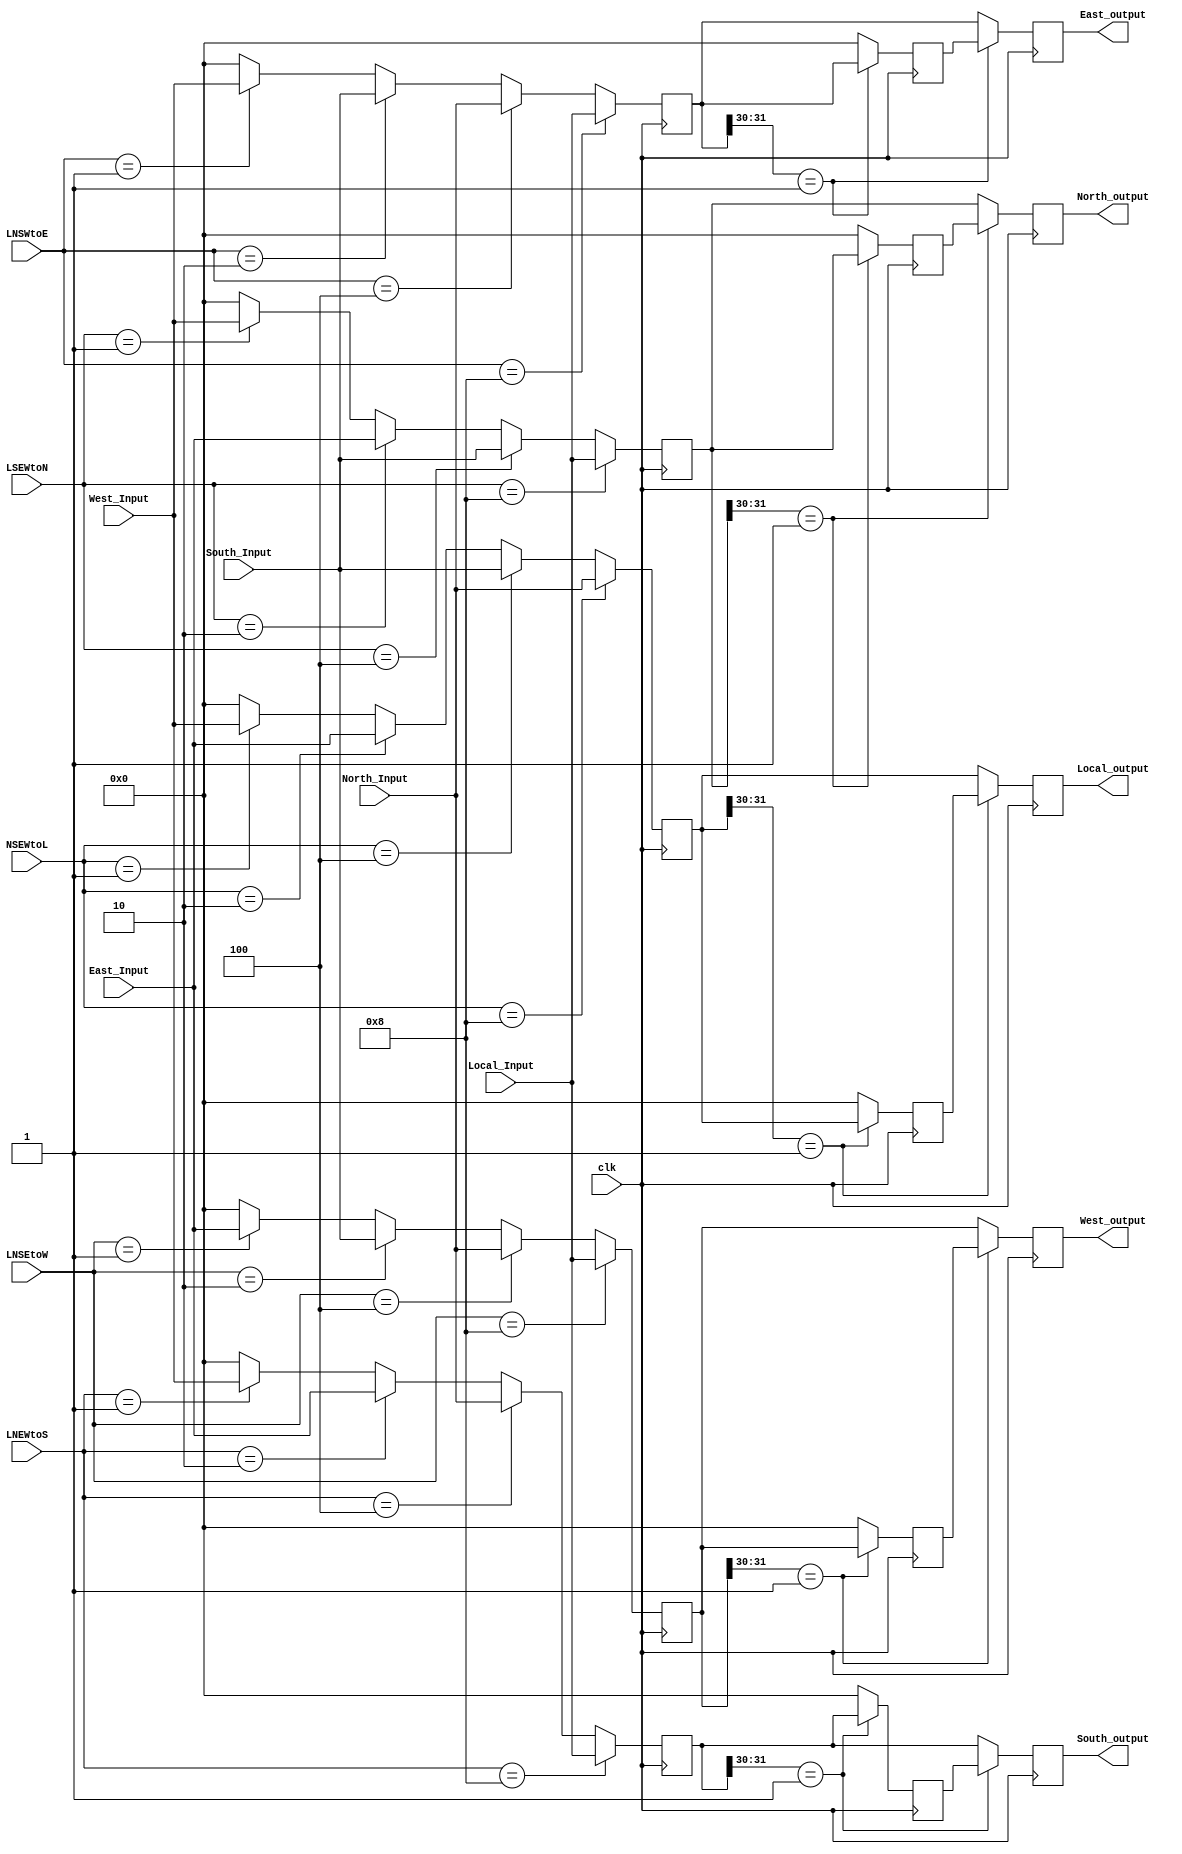
module crossbar_switch(clk,Local_Input,North_Input,South_Input,East_Input,West_Input,NSEWtoL,LSEWtoN,LNEWtoS,LNSWtoE,LNSEtoW,Local_output,North_output,South_output,East_output,West_output);
        input clk;
		input[31:0] Local_Input,North_Input,South_Input,East_Input,West_Input;
		input[3:0] NSEWtoL;
		input[3:0] LSEWtoN;
		input[3:0] LNEWtoS;
		input[3:0] LNSWtoE;
		input[3:0] LNSEtoW;
		output reg[31:0] Local_output,North_output,South_output,East_output,West_output;
		reg[31:0] Local_output_temp,North_output_temp,South_output_temp,East_output_temp,West_output_temp;
		reg[31:0] temp1=32'h00000000,temp2=32'h00000000,temp3=32'h00000000,temp4=32'h00000000,temp5=32'h00000000;
		
		always @(posedge clk)
		begin
		if (NSEWtoL==4'b1000) 
			Local_output_temp <= North_Input;
		else if (NSEWtoL==4'b0100) 
			Local_output_temp <= South_Input;
		else if (NSEWtoL==4'b0010) 
			Local_output_temp <= East_Input;
		else if (NSEWtoL==4'b0001) 
			Local_output_temp <= West_Input;
		else
			Local_output_temp <= 32'h00000000;
			
		if (LSEWtoN==4'b1000) 
			North_output_temp<=Local_Input;
		else if (LSEWtoN==4'b0100) 
			North_output_temp<=South_Input;
		else if (LSEWtoN==4'b0010) 
			North_output_temp<=East_Input;
		else if (LSEWtoN==4'b0001) 
			North_output_temp<=West_Input;
		else 
			North_output_temp<=32'h00000000;
			
		if (LNEWtoS==4'b1000) 
			South_output_temp<=Local_Input;
		else if (LNEWtoS==4'b0100) 
			South_output_temp<=North_Input;
		else if (LNEWtoS==4'b0010) 
			South_output_temp<=East_Input;
		else if (LNEWtoS==4'b0001) 
			South_output_temp<=West_Input;
		else 
			South_output_temp<=32'h00000000;
			
		if (LNSWtoE==4'b1000) 
			East_output_temp<=Local_Input;
		else if (LNSWtoE==4'b0100) 
			East_output_temp<=North_Input;
		else if (LNSWtoE==4'b0010) 
			East_output_temp<=South_Input;
		else if (LNSWtoE==4'b0001) 
			East_output_temp<=West_Input;
		else 
			East_output_temp<=32'h00000000;
			
		if (LNSEtoW==4'b1000) 
			West_output_temp<=Local_Input;
		else if (LNSEtoW==4'b0100) 
			West_output_temp<=North_Input;
		else if (LNSEtoW==4'b0010) 
			West_output_temp<=South_Input;
		else if (LNSEtoW==4'b0001) 
			West_output_temp<=East_Input;
		else 
			West_output_temp<=32'h00000000;
		end
		
		always @(posedge clk)
		begin
			if(Local_output_temp[31:30] == 2'b01)begin
				temp1 <= Local_output_temp;
				Local_output <= temp1;
			end
			else begin
				Local_output <= Local_output_temp;
				temp1 <= 32'h00000000;
			end
				
				
			if(North_output_temp[31:30] == 2'b01)begin
				temp2 <= North_output_temp;
				North_output <= temp2;
			end
			else begin
				North_output <= North_output_temp;
				temp2 <= 32'h00000000;
			end
				
				
			if(South_output_temp[31:30] == 2'b01)begin
				temp3 <= South_output_temp;
				South_output <= temp3;
			end
			else begin
				South_output <= South_output_temp;
				temp3 <= 32'h00000000;
			end
				
			if(East_output_temp[31:30] == 2'b01)begin
				temp4 <= East_output_temp;
				East_output <= temp4;
			end
			else begin
				East_output <= East_output_temp;
				temp4 <= 32'h00000000;
			end
				
			if(West_output_temp[31:30] == 2'b01)begin
				temp5 <= West_output_temp;
				West_output <= temp5;
			end
			else begin
				West_output <= West_output_temp;
				temp5 <= 32'h00000000;
			end
				
			
		end
		
    endmodule